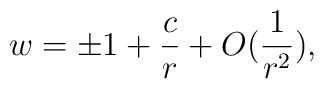
w=\pm 1+\frac{c}{r}+O(\frac{1}{r^2}),